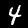
Label: 4